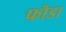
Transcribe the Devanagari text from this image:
फॊडा